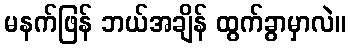
မနက်ဖြန် ဘယ်အချိန် ထွက်ခွာမှာလဲ။